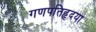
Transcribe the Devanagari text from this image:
गणपतिहृदया